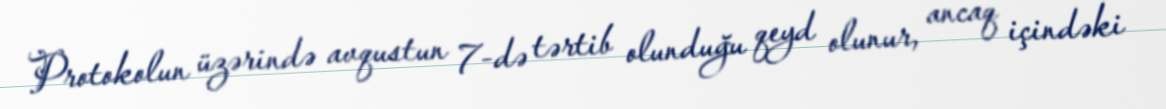
Protokolun üzərində avqustun 7-də tərtib olunduğu qeyd olunur, ancaq içindəki